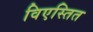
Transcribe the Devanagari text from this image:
विएस्तित